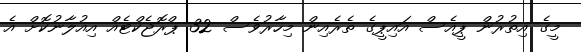
މީގެ އިތުރުން ޕީއެސް އައިޕީގެ ތެރެއިން މިހާރުވެސް 32 ޕްރޮޖެކްޓެއް އިއުލާނުކޮށް އެ